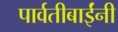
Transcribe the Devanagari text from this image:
पार्वतीबाईंनी